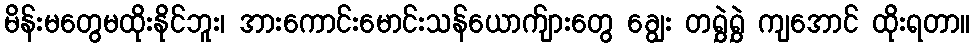
မိန်းမတွေမထိုးနိုင်ဘူး၊ အားကောင်းမောင်းသန်ယောက်ျားတွေ ချွေး တရွှဲရွှဲ ကျအောင် ထိုးရတာ။